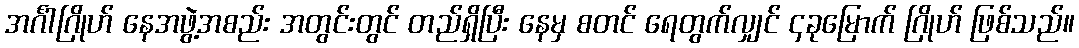
အင်္ဂါဂြိုဟ် နေအဖွဲ့အစည်း အတွင်းတွင် တည်ရှိပြီး နေမှ စတင် ရေတွက်လျှင် ၄ခုမြောက် ဂြိုဟ် ဖြစ်သည်။